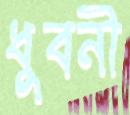
ধুবনী